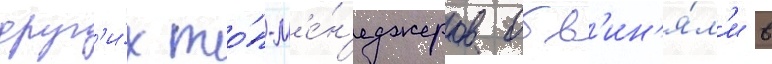
друг'и́х то́п-м'е́н'еджеров обв'ин'я́л'и в